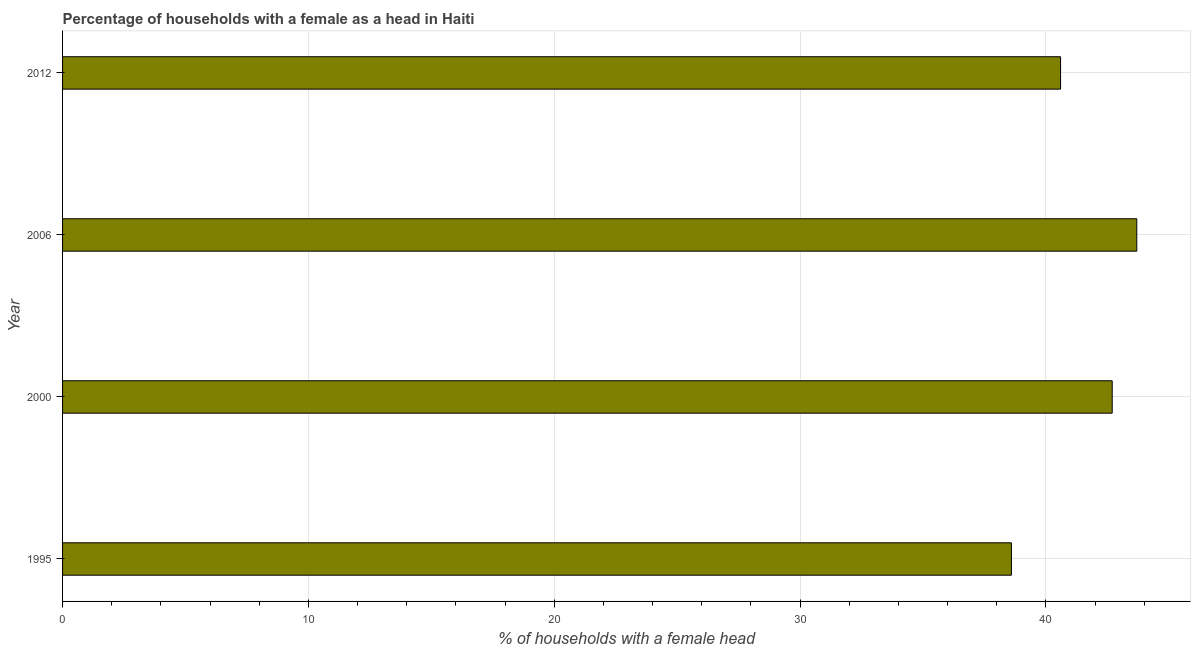
| Year | Female headed households |
 | --- | --- |
 | 1995 | 38.6 |
 | 2000 | 42.7 |
 | 2006 | 43.7 |
 | 2012 | 40.6 |